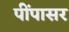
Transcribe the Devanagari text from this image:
पींपासर